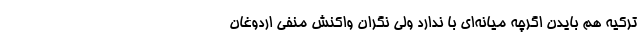
ترکیه هم بایدن اگرچه میانه‌ای با ندارد ولی نگران واکنش منفی اردوغان